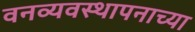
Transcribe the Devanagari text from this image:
वनव्यवस्थापनाच्या